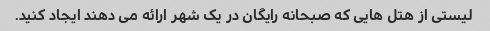
لیستی از هتل هایی که صبحانه رایگان در یک شهر ارائه می دهند ایجاد کنید.